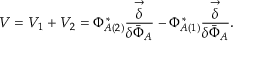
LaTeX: V = V _ { 1 } + V _ { 2 } = \Phi _ { A ( 2 ) } ^ { * } \frac { \stackrel { \rightarrow } { \delta } } { \delta { \bar { \Phi } } _ { A } } - \Phi _ { A ( 1 ) } ^ { * } \frac { \stackrel { \rightarrow } { \delta } } { \delta { \bar { \Phi } } _ { A } } .